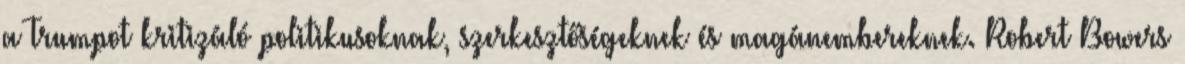
a Trumpot kritizáló politikusoknak, szerkesztőségeknek és magánembereknek. Robert Bowers